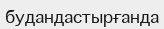
будандастырғанда